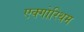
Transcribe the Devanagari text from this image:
एक्गोरिथम